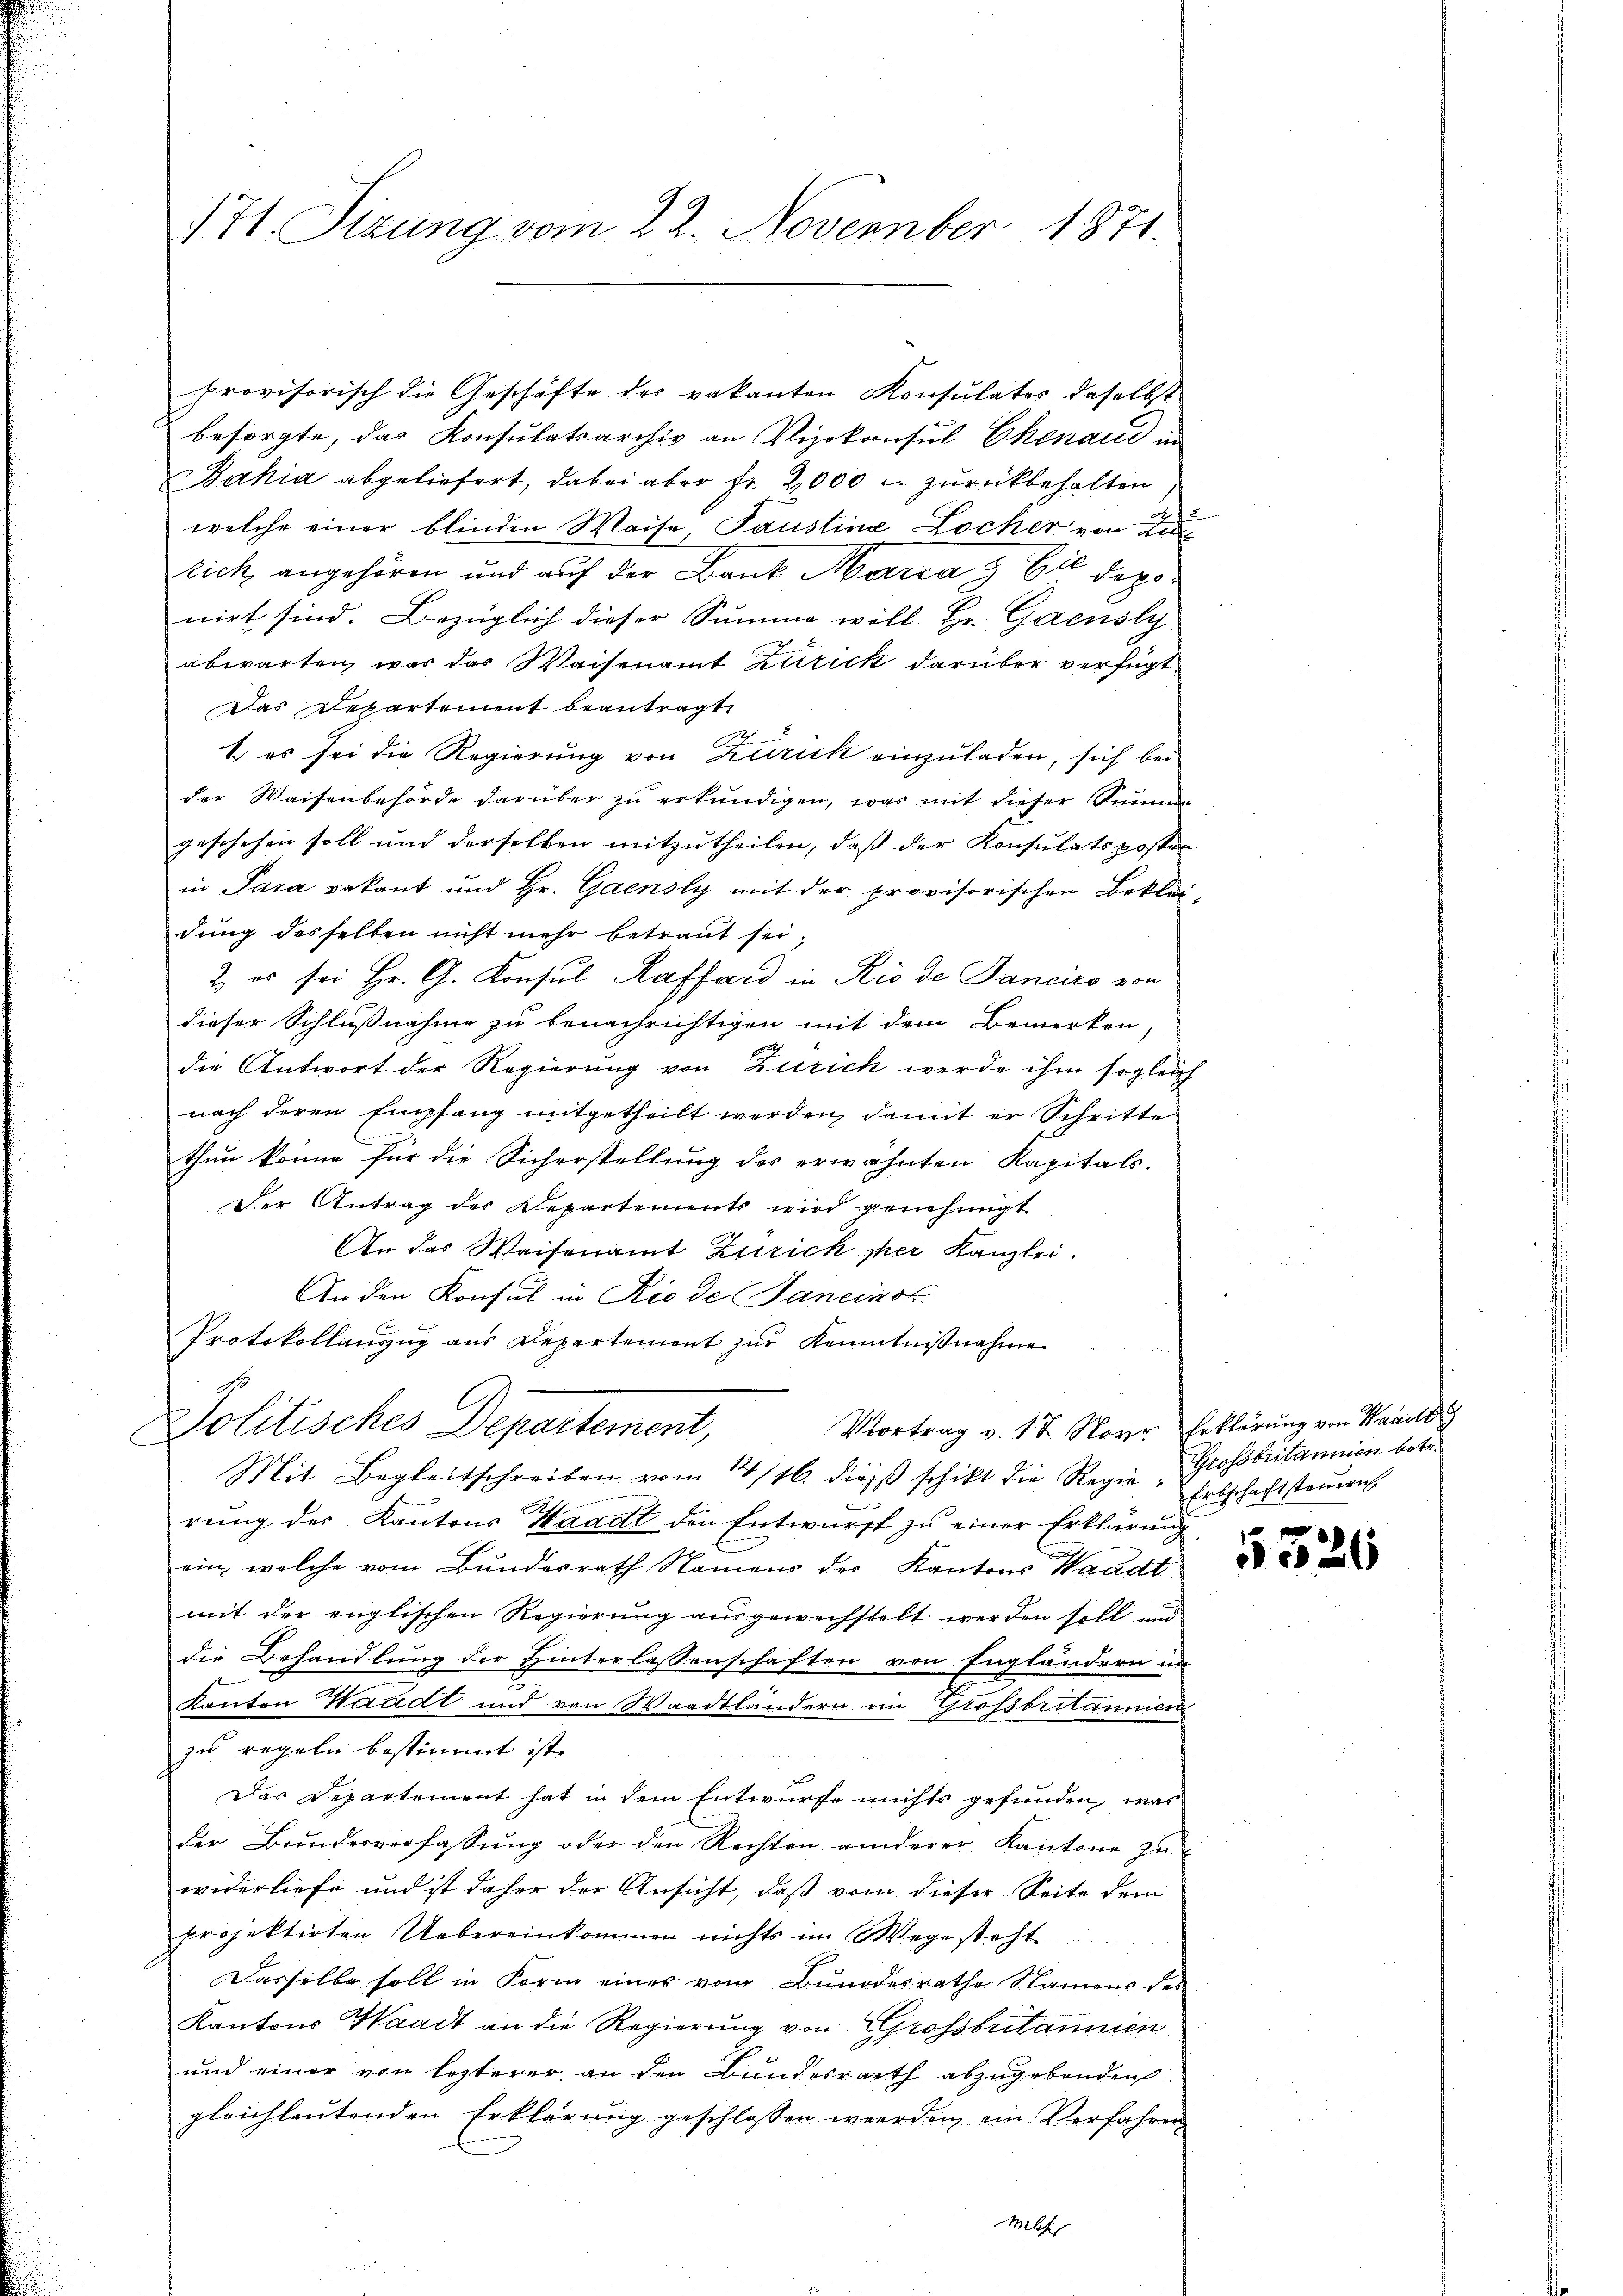
provisorisch die Geschäfte der vakanton Konsulates daselbst
besorgte, das Konsulatsarchiv an Vizekonsul Chenaud in
Bahia abgeliefert, dabei aber fr. 2000 u zurückbehalten
g
welche einer blinden Waise, Paustine Locker von Zu
rick angehören und auf der Baut Marca 9 bis deponirt sind. Bezüglich dieser Summe will. Hr. Gaensly
abwarten war der Waisenamt Zürick darüber verfügt
das Departement beantragt,
1., es sei die Regierung von Zürich einzuladen, sich bei
der Waisenbehörde darüber zu erkundigen, was mit dieser Sinnen
geschehen soll und derselben mitzutheilen, daß der Konsulats posten
in Para Bekant und Hr. Gaensly mit der provisorischen Beklei-
dung desselben nicht mehr betraut sei,
2. es sei Hr. G. Konsul Haffard in Rio de Janeiro von
dieser Schlußnahme zu benachrichtigen mit dem Bemerken
F
die Antwort der Regierung von Zürich werde ihm sogleich
nach deren Empfang mitgetheilt werden, damit er Schritte
thun könne für die Sicherstellung des erwähnten Kapitals-
Der Antrag des Departements wird genehmigt
An das Waisenamt Zürich per Kanzlei.
An den Konsul in Riede Sancinot
Protokollanzug aus Departement zur Kenntnißnahme
C
Politisches Departement,
Vortrag v. 17 Narr Erklärung von Hands
Mit Begleitschreiben vom 14/16. dieß schikt die Regie Grossbritannien betr.
rung des Kantons Waadt den Entwurff zu einer Erklärung
ein, welche vom Bundesrath Namens der Kantons Waadt
mit der englischen Regierung ausgewechstelt werden soll und
die Behandlung der Hinterlassenschaften von Engländern in
Kanton Waadt und von Waadtländern im Grossbritannien
zu regeln bestimmt ist.
Das Departement hat in dem Entwurfe nichts gefunden, was
der Bundesverfassung oder den Rechten anderer Kantone zu
widerliefe und ist daher der Ansicht, daß vom dieser Seite dem
projektirten Uebereinkommen nichts im Wege steht.
Dasselbe soll in Form einer vom Bundesrathe Namens des
Kantons Waadt an die Regierung von Grossbritannien
und einer von lezterer an den Bundesrath abzugebenden
gleichlautenden Erklärung geschlossen werden ein Verfahren
Milch.

171. Sizung vom 22. November 1871.

Erbschaftsteuern.

5326